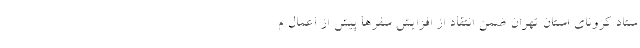
ستاد کرونای استان تهران ضمن انتقاد از افزایش سفرها پیش از اعمال م